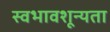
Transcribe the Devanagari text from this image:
स्वभावशून्यता